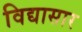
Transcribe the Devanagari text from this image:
विद्यासार